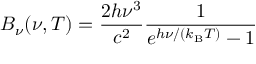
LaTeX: B _ { \nu } ( \nu , T ) = { \frac { 2 h \nu ^ { 3 } } { c ^ { 2 } } } { \frac { 1 } { e ^ { h \nu / ( k _ { \mathrm { B } } T ) } - 1 } }